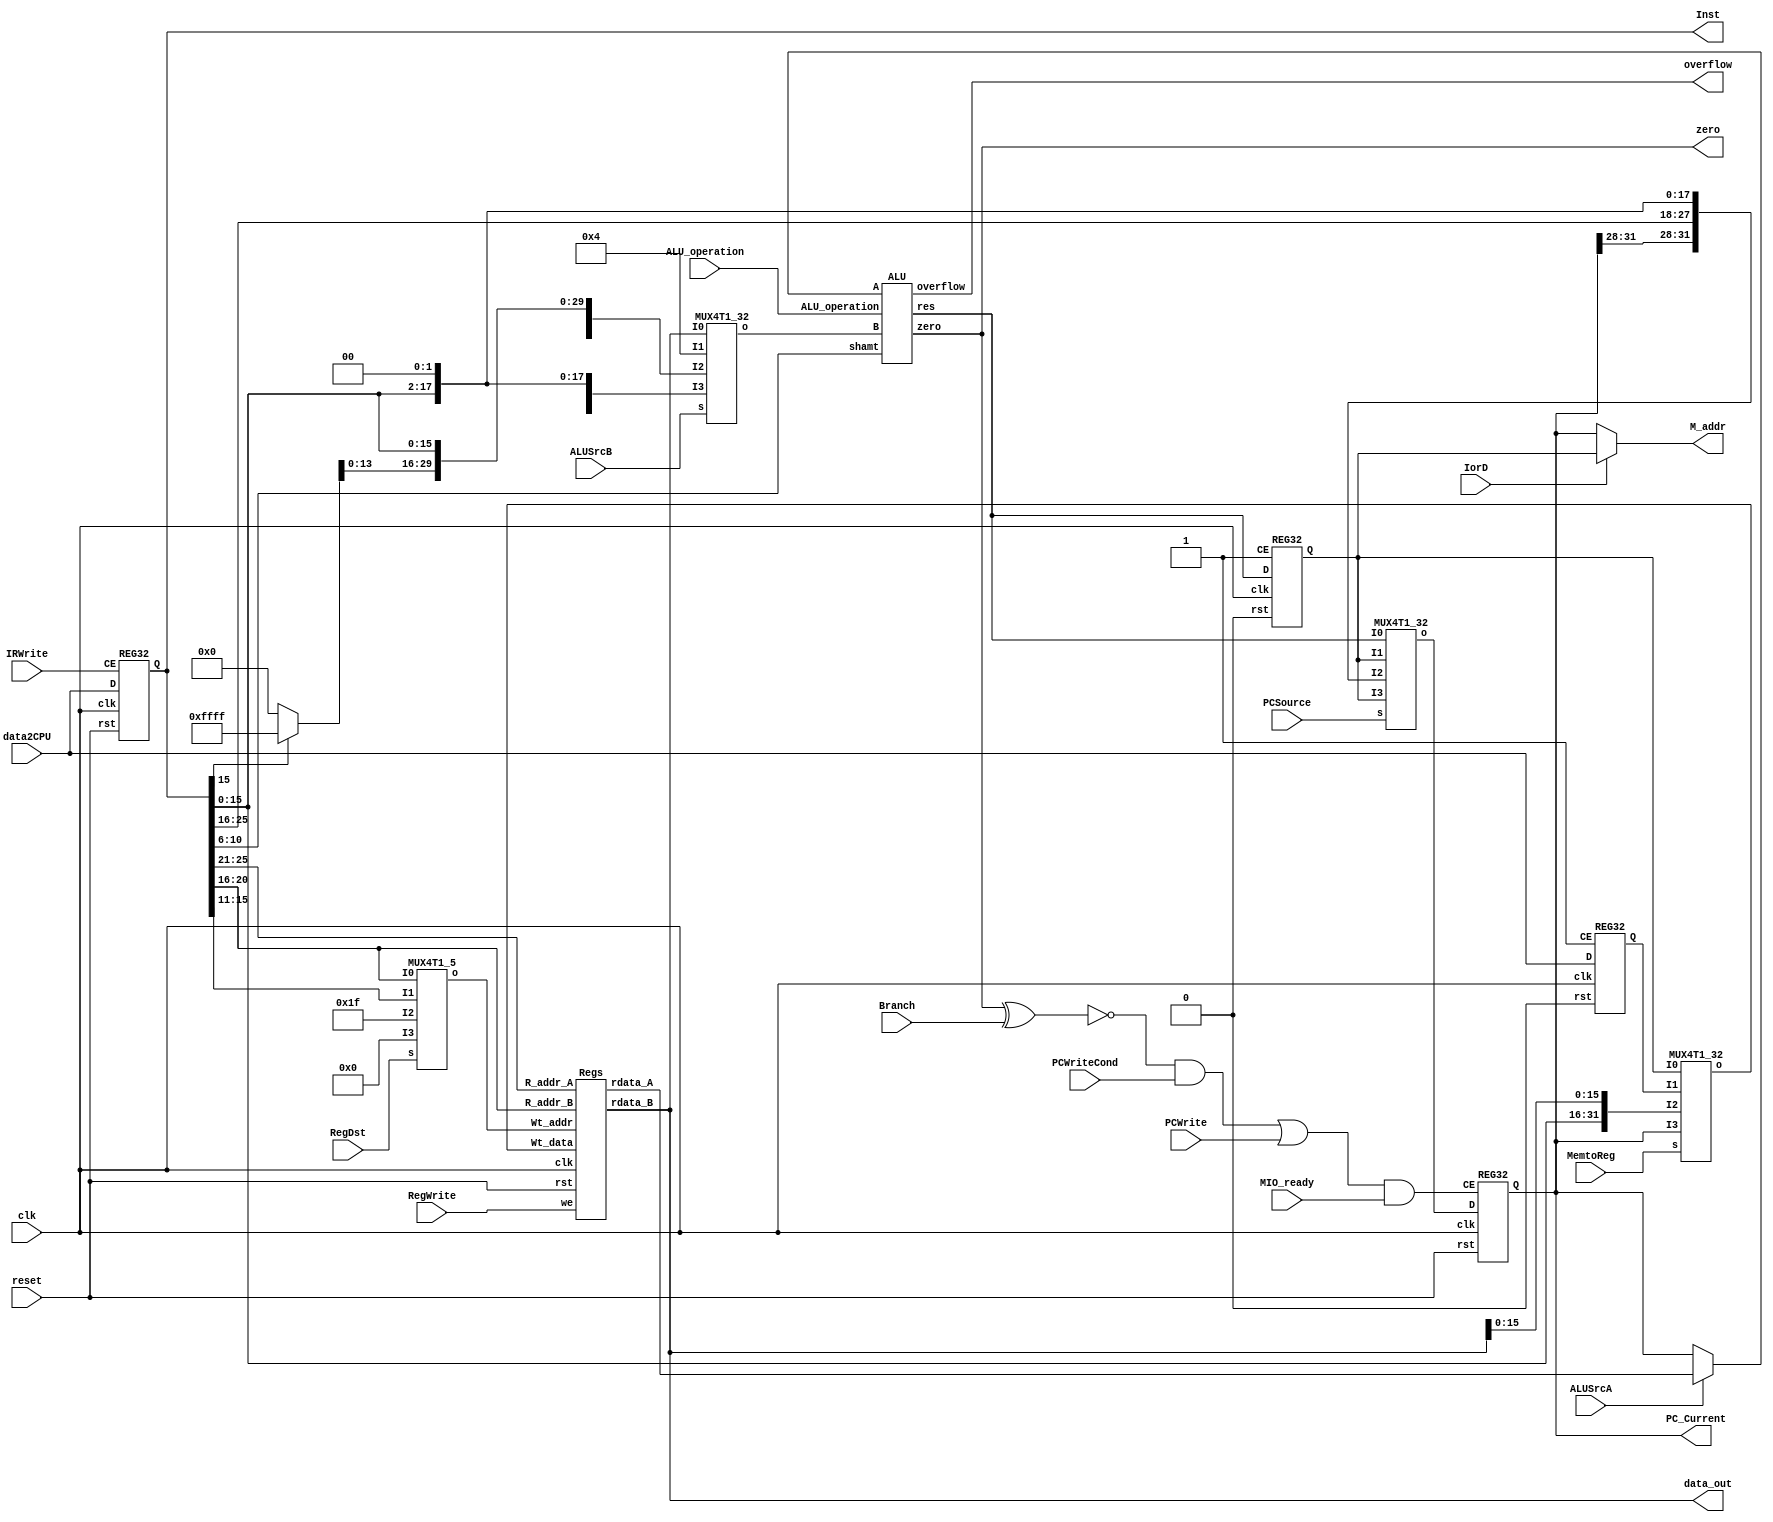
`timescale 1ns / 1ps
//////////////////////////////////////////////////////////////////////////////////
// Company: 
// Engineer: 
// 
// Design Name: 
// Module Name:    M_datapath 
// Project Name: 
// Target Devices: 
// Tool versions: 
// Description: 
//
// Dependencies: 
//
// Revision: 
// Revision 0.01 - File Created
// Additional Comments: 
//
//////////////////////////////////////////////////////////////////////////////////
module M_datapath(input clk,
                  input reset,
                 
                  input MIO_ready,
                  input IorD,
                  input IRWrite,
                  input [1:0] RegDst,
                  input RegWrite,
                  input [1:0] MemtoReg,
                  input ALUSrcA,
                 
                  input[1:0]ALUSrcB,
                  input[1:0]PCSource,
                  input PCWrite,
                  input PCWriteCond,
                  input Branch,
                  input[3:0]ALU_operation,
                 
                  output[31:0]PC_Current,
                  input[31:0]data2CPU,
                  output[31:0]Inst,
                  output[31:0]data_out,
                  output[31:0]M_addr,
                 
                  output zero,
                  output overflow);

    wire [31:0] ALUout;
    wire [31:0] Imm32;
    wire [31:0] res;
    wire [4:0]  Wt_addr;
    wire [31:0] MD;
    wire [31:0] Wt_data;
    wire [31:0] data_B;
    wire [31:0] rdata_A;
    wire [31:0] data_A;
    wire [31:0] PC_out;

    wire [31:0] lui;
    wire [4:0] ra;

    assign ra = 5'd31;

    assign Imm32 = {Inst[15] ? 16'hFFFF : 16'h0, Inst[15:0]};
    assign data_A = ALUSrcA ? rdata_A[31:0] : PC_Current[31:0];
    assign M_addr = IorD ? ALUout[31:0] : PC_Current[31:0];
    assign lui = {Inst[15:0], data_out[15:0]};

    ALU  U1 (.A(data_A[31:0]),
             .ALU_operation(ALU_operation),
             .B(data_B[31:0]),
             .shamt(Inst[10:6]),
             .overflow(overflow),
             .res(res[31:0]),
             .zero(zero));

    Regs U2 (.clk(clk),
             .we(RegWrite),
             .rst(reset),
             .R_addr_A(Inst[25:21]),
             .R_addr_B(Inst[20:16]),
             .Wt_addr(Wt_addr[4:0]),
             .Wt_data(Wt_data[31:0]),
             .rdata_A(rdata_A[31:0]),
             .rdata_B(data_out[31:0]));

    REG32 IR (.CE(IRWrite),
              .clk(clk),
              .D(data2CPU[31:0]),
              .rst(reset),
              .Q(Inst[31:0]));

    REG32 MDR (.CE(1'b1),
               .clk(clk),
               .D(data2CPU[31:0]),
               .rst(1'b0),
               .Q(MD[31:0]));

    REG32 PC_Reg (.CE(((~(zero ^ Branch) & PCWriteCond) | PCWrite) & MIO_ready),
                  .clk(clk),
                  .D(PC_out[31:0]),
                  .rst(reset),
                  .Q(PC_Current[31:0]));

    REG32 ALU_Out_Reg (.CE(1'b1),
                       .clk(clk),
                       .D(res[31:0]),
                       .rst(1'b0),
                       .Q(ALUout[31:0]));

    MUX4T1_32 WtData_4t1 (.I0(ALUout[31:0]),
                          .I1(MD[31:0]),
                          .I2(lui[31:0]),
                          .I3(PC_Current[31:0]),
                          .s(MemtoReg[1:0]),
                          .o(Wt_data[31:0]));

    MUX4T1_32 ALUB_2t1 (.I0(data_out[31:0]),
                        .I1(32'h4),
                        .I2(Imm32[31:0]),
                        .I3({Imm32[29:0], 1'b0, 1'b0}),
                        .s(ALUSrcB[1:0]),
                        .o(data_B[31:0]));

    MUX4T1_32 PC_4t1 (.I0(res[31:0]),
                      .I1(ALUout[31:0]),
                      .I2({PC_Current[31:28], Inst[25:0], 2'b00}),
                      .I3(ALUout[31:0]),
                      .s(PCSource[1:0]),
                      .o(PC_out[31:0]));

    MUX4T1_5 WtAddr_4t1 (.I0(Inst[20:16]),
                         .I1(Inst[15:11]),
                         .I2(ra[4:0]),
                         .I3(5'b0),
                         .s(RegDst[1:0]),
                         .o(Wt_addr[4:0]));

endmodule

module REG32(
           input clk,
           input rst,
           input CE,
           input [31:0] D,
           output reg [31:0] Q);

    always @(posedge clk or posedge rst) begin
        if (rst) begin
                Q <= 0;
            end else if (CE) begin
                Q <= D;
            end
    end
endmodule

module ALU(input [31:0] A, B,
           input [3:0] ALU_operation,
           input [4:0] shamt,
           output reg [31:0] res,
           output zero,
           output reg overflow);
    wire [31:0] res_and, res_or, res_add, res_sub, res_nor, res_slt, res_srl, res_sll, res_xor;

    assign res_and = A & B;
    assign res_or  = A | B;
    assign res_add = A + B;
    assign res_sub = A - B;
    assign res_slt =(A < B) ? 32'h1 : 32'h0;
    assign res_srl = B >> shamt;
    assign res_sll = B << shamt;
    assign res_xor = A ^ B;
    assign zero = (res == 0)? 1: 0;


    //always @ (A or B or ALU_operation)
    always @*
        if(ALU_operation[3] == 1'b0) begin
            case (ALU_operation[2:0])
                3'b000: begin
                    res = res_and;
                    overflow = 1'b0;
                end
                3'b001: begin
                    res = res_or;
                    overflow = 1'b0;
                end
                3'b010: begin
                    res = res_add;
                    overflow = A[31] & ~res[31] | A[31] & B [31] | B[31] & ~res[31];
                end
                3'b110: begin
                    res = res_sub;
                    overflow = ~A[31] & res[31] | ~A[31] & B [31] | B[31] & res[31];
                end
                3'b111: begin
                    res = res_slt;
                    overflow = 1'b0;
                end
                3'b100: begin
                    res = ~res_or;
                    overflow = 1'b0;
                end
                3'b101: begin
                    res = res_srl;
                    overflow = 1'b0;
                end
                3'b011: begin
                    res = res_xor;
                    overflow = 1'b0;
                end
                default: res = 32'hx;
            endcase
        end
        else begin
            case(ALU_operation)
                4'b1000: begin 
                    res = res_sll;
                    overflow = 1'b0;
                end
                default: res = 32'hx;
            endcase
        end
endmodule

module Regs(input clk, rst, we,
            input [4:0] R_addr_A, R_addr_B, Wt_addr,
            input [31:0] Wt_data,
            output [31:0] rdata_A, rdata_B);

    reg [31:0] register [1:31];
    integer i;

	assign rdata_A = (R_addr_A == 0) ? 32'h0 : register[R_addr_A];
	assign rdata_B = (R_addr_B == 0) ? 32'h0 : register[R_addr_B];

	always @(posedge clk or posedge rst) begin
        if (rst == 1)
            for(i = 1; i < 32; i = i + 1)
                register[i] <= 32'h0;
        else if (Wt_addr != 0 && we == 1)
            register[Wt_addr] <= Wt_data;
    end

endmodule

module MUX4T1_5(input [4:0] I0, I1, I2, I3,
                input [1:0] s,
                output [4:0] o);
    assign o = s[1] ? (s[0] ? I3 :I2) : (s[0] ? I1 : I0);
endmodule

module MUX4T1_32(input [31:0] I0, I1, I2, I3,
                 input [1:0] s,
                 output [31:0] o);
    assign o = s[1] ? (s[0] ? I3 :I2) : (s[0] ? I1 : I0);
endmodule